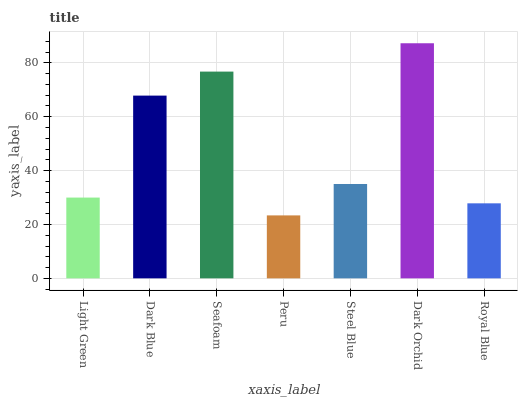
| xaxis_label | bars |
 | --- | --- |
 | Light Green | 30 |
 | Dark Blue | 67.8 |
 | Seafoam | 76.7 |
 | Peru | 23.4 |
 | Steel Blue | 35 |
 | Dark Orchid | 87.3 |
 | Royal Blue | 27.8 |